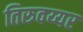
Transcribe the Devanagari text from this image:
तिरुवय्यर